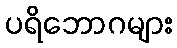
ပရိဘောဂများ